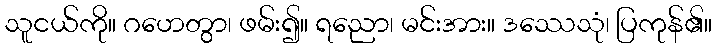
သူငယ်ကို။ ဂဟေတွာ၊ ဖမ်း၍။ ရညော၊ မင်းအား။ ဒဿေသုံ၊ ပြကုန်၏။